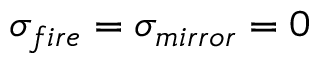
\sigma _ { f i r e } = \sigma _ { m i r r o r } = 0